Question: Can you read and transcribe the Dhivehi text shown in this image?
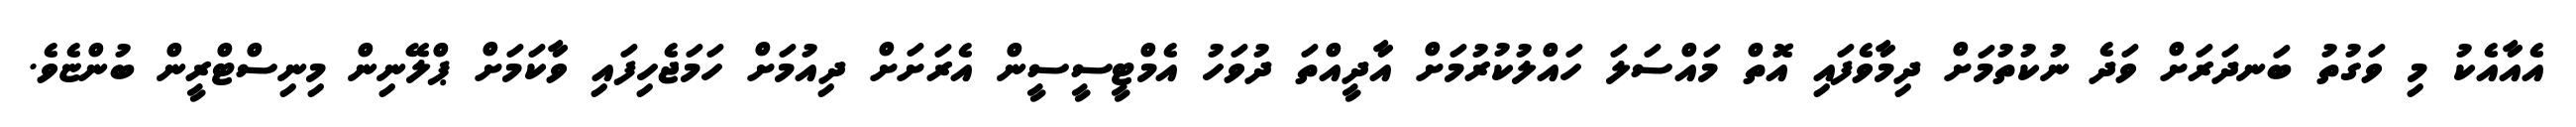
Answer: އެއާއެކު މި ވަގުތު ބަނދަރަށް ވަދެ ނުކުތުމަށް ދިމާވެފައި އޮތް މައްސަލަ ހައްލުކުރުމަށް އާދީއްތަ ދުވަހު އެމްޓީސީސީން އެރަށަށް ދިއުމަށް ހަމަޖެހިފައި ވާކަމަށް ޕްލޭނިން މިނިސްޓްރީން ބުންޏެވެ.